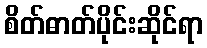
စိတ်ဓာတ်ပိုင်းဆိုင်ရာ